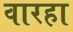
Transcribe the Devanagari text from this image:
वारहा